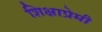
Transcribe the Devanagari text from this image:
शिक्षाप्रेमी